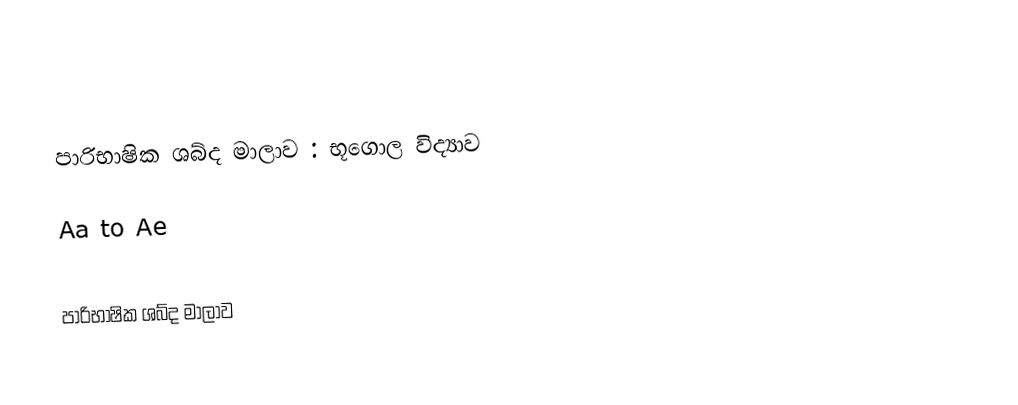

පාරිභාෂික ශබ්ද මාලාව : භූගොල විද්‍යාව

Aa to Ae

පාරිභාෂික ශබ්ද මාලාව